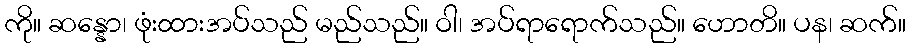
ကို။ ဆန္နော၊ ဖုံးထားအပ်သည် မည်သည်။ ဝါ၊ အပ်ရာရောက်သည်။ ဟောတိ။ ပန၊ ဆက်။